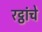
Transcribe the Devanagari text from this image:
रट्ठांचे